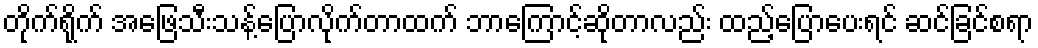
တိုက်ရိုက် အဖြေသီးသန့်ပြောလိုက်တာထက် ဘာကြောင့်ဆိုတာလည်း ထည့်ပြောပေးရင် ဆင်ခြင်စရာ